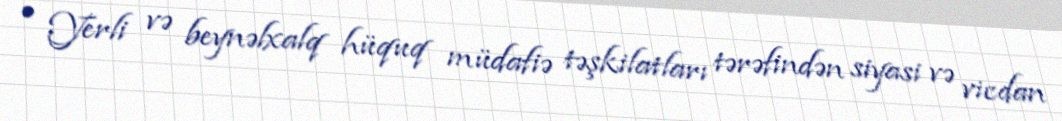
• Yerli və beynəlxalq hüquq müdafiə təşkilatları tərəfindən siyasi və vicdan